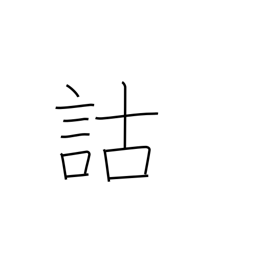
Meaning: critical analysis of classical texts